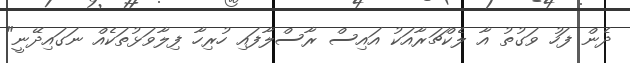
ދެން ފަހު ވަގުތު އާ ލެކްޗަރާއަކު އައިސް ރާސްލާފައި ހުރިހާ ފިލާވަޅުތަކެއް ނަގައިދޭނީ"